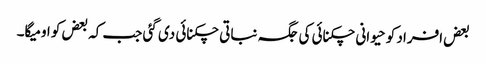
بعض افراد کو حیوانی چکنائی کی جگہ نباتی چکنائی دی گئی جب کہ بعض کو اومیگا۔